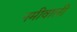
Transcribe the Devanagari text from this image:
नमीवाली